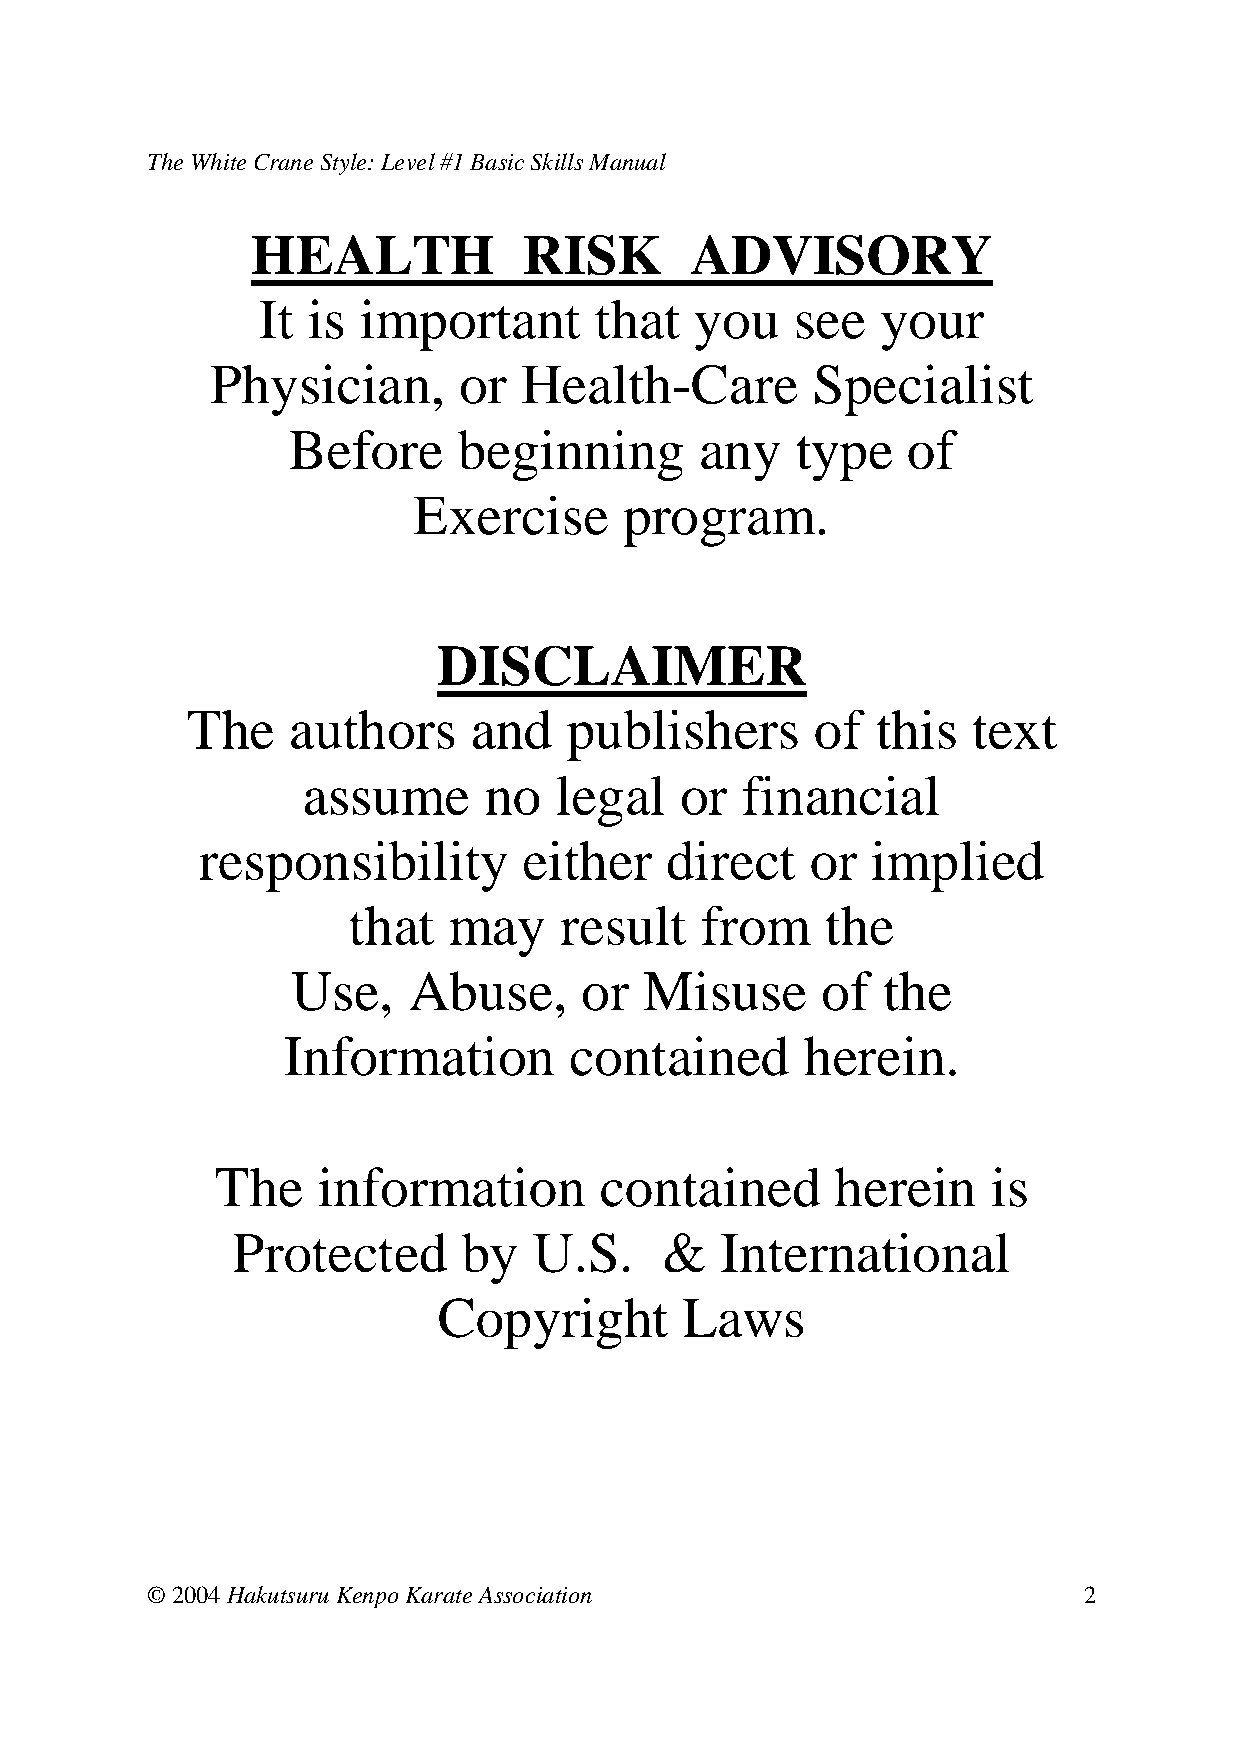
The White Crane Style: Level #1 Basic Skills Manual
 HEALTH            RISK       ADVISORY
 It is  important      that   you    see  your
 Physician,      or   Health-Care        Specialist
 Before     beginning       any    type   of
 Exercise      program.
 DISCLAIMER
 The    authors     and    publishers      of  this   text
 assume      no   legal   or  financial
 responsibility        either   direct    or  implied
 that   may    result   from     the
 Use,    Abuse,      or  Misuse     of   the
 Information        contained      herein.
 The    information        contained      herein     is
 Protected       by  U.S.     &   International
 Copyright       Laws
 © 2004 Hakutsuru Kenpo Karate Association                     2